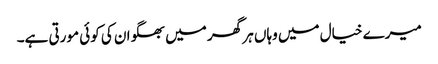
میرے خیال میں وہاں ہر گھر میں بھگوان کی کوئی مورتی ہے۔